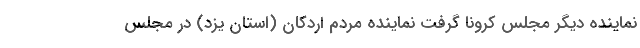
نماینده دیگر مجلس کرونا گرفت نماینده مردم اردکان (استان یزد) در مجلس